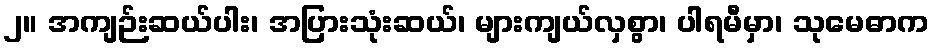
၂။ အကျဉ်းဆယ်ပါး၊ အပြားသုံးဆယ်၊ များကျယ်လှစွာ၊ ပါရမီမှာ၊ သုမေဓာက